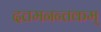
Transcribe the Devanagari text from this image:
दत्तमनन्तकम्